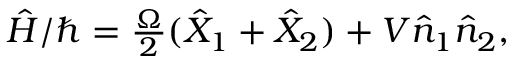
\begin{array} { r } { \hat { H } / \hbar = \frac { \Omega } { 2 } ( \hat { X } _ { 1 } + \hat { X } _ { 2 } ) + V \hat { n } _ { 1 } \hat { n } _ { 2 } , } \end{array}